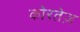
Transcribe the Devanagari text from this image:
कोरतेज़